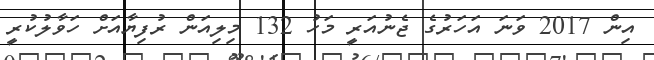
އިން 2017 ވަނަ އަހަރުގެ ޖެނުއަރީ މަހު 132 މިލިއަން ރުފިޔާއަށް ހަވާލުކުރީ